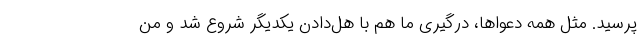
پرسید. مثل همه دعواها، درگیری ما هم با هل‌دادن یکدیگر شروع شد و من